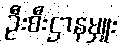
ဦးစီးဌာနမှူး